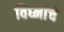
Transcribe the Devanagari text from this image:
विघ्नांचे